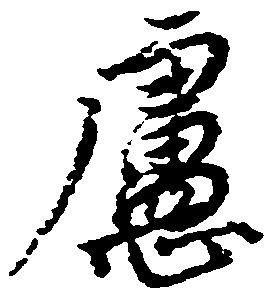
慮